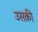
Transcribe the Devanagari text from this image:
उसक़ी